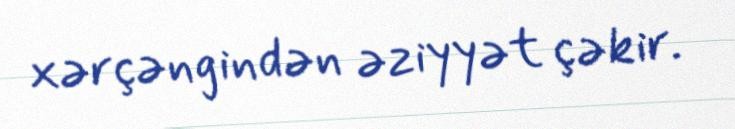
xərçəngindən əziyyət çəkir.